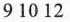
9 10 12